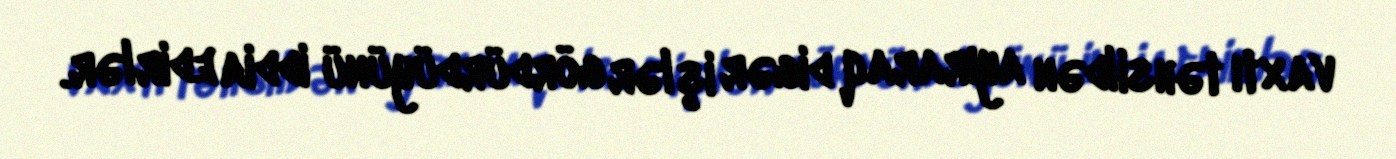
vaxtı təhsildən ayıraraq digər işlər gördürdüyünü iddia edirlər.